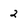
Character: 2